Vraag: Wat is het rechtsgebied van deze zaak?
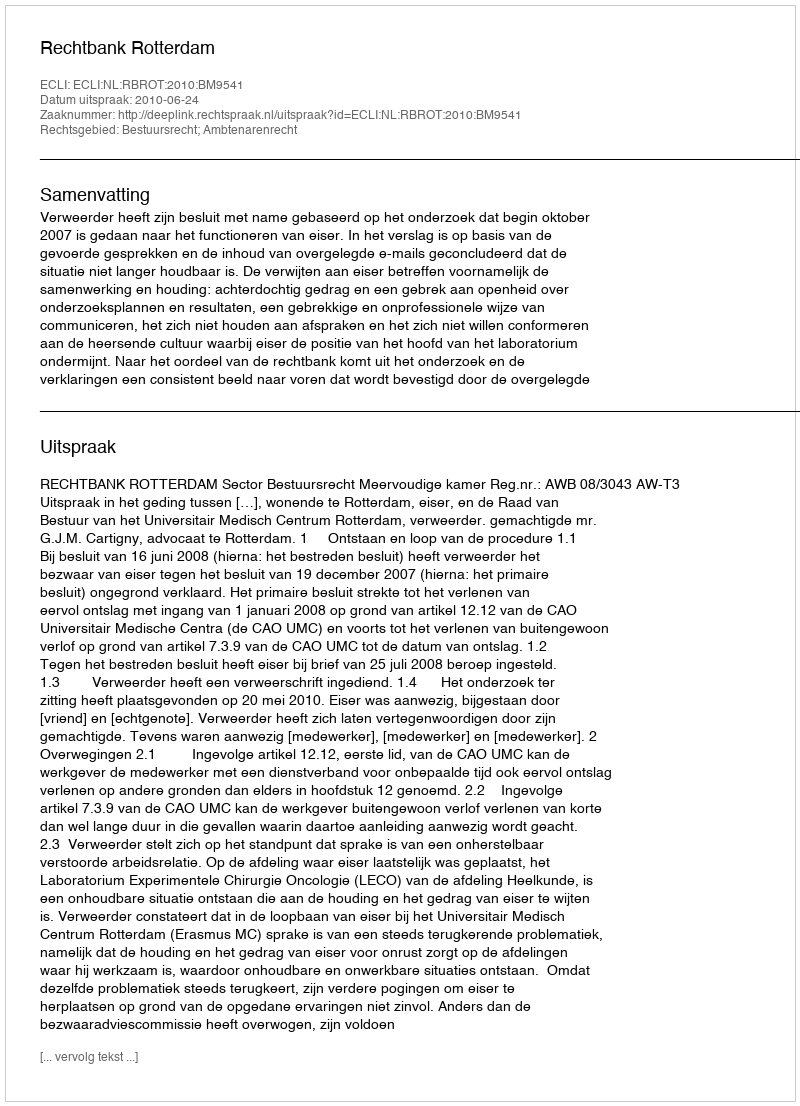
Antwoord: Bestuursrecht; Ambtenarenrecht